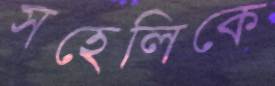
সহেলিকে